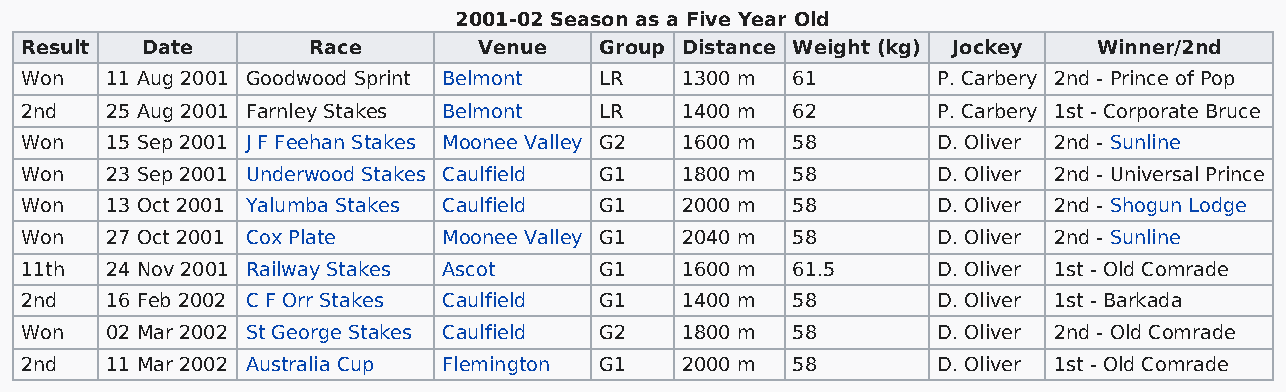
2001-02 Season as a Five Year Old
 Result  Date       Race        Venue   Group Distance Weight (kg) Jockey Winner/2nd
 Won   11 Aug 2001 Goodwood Sprint Belmont LR 1300 m 61       P. Carbery 2nd - Prince of Pop
 2nd   25 Aug 2001 Farnley Stakes Belmont LR 1400 m 62        P. Carbery 1st - Corporate Bruce
 Won   15 Sep 2001 J F Feehan Stakes Moonee Valley G2 1600 m 58 D. Oliver 2nd - Sunline
 Won   23 Sep 2001 Underwood Stakes Caulfield G1 1800 m 58    D. Oliver 2nd - Universal Prince
 Won   13 Oct 2001 Yalumba Stakes Caulfield G1 2000 m 58      D. Oliver 2nd - Shogun Lodge
 Won   27 Oct 2001 Cox Plate Moonee Valley G1 2040 m 58       D. Oliver 2nd - Sunline
 11th  24 Nov 2001 Railway Stakes Ascot G1   1600 m 61.5      D. Oliver 1st - Old Comrade
 2nd   16 Feb 2002 C F Orr Stakes Caulfield G1 1400 m 58      D. Oliver 1st - Barkada
 Won   02 Mar 2002 St George Stakes Caulfield G2 1800 m 58    D. Oliver 2nd - Old Comrade
 2nd   11 Mar 2002 Australia Cup Flemington G1 2000 m 58      D. Oliver 1st - Old Comrade